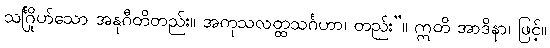
သင်္ဂြိုဟ်သော အနုဂီတိတည်း။ အကုသလတ္ထသင်္ဂဟာ၊ တည်း”။ ဣတိ အာဒိနာ၊ ဖြင့်။